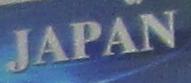
japan